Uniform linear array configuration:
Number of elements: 32
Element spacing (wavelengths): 0.5
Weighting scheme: kaiser
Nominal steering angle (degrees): -60
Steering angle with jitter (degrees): -58.435
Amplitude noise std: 0.05
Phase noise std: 0.05

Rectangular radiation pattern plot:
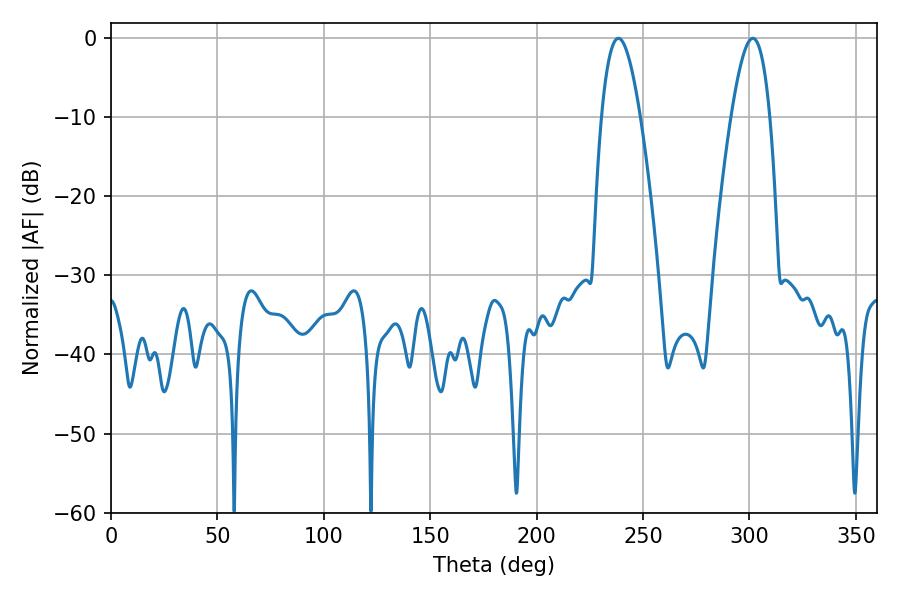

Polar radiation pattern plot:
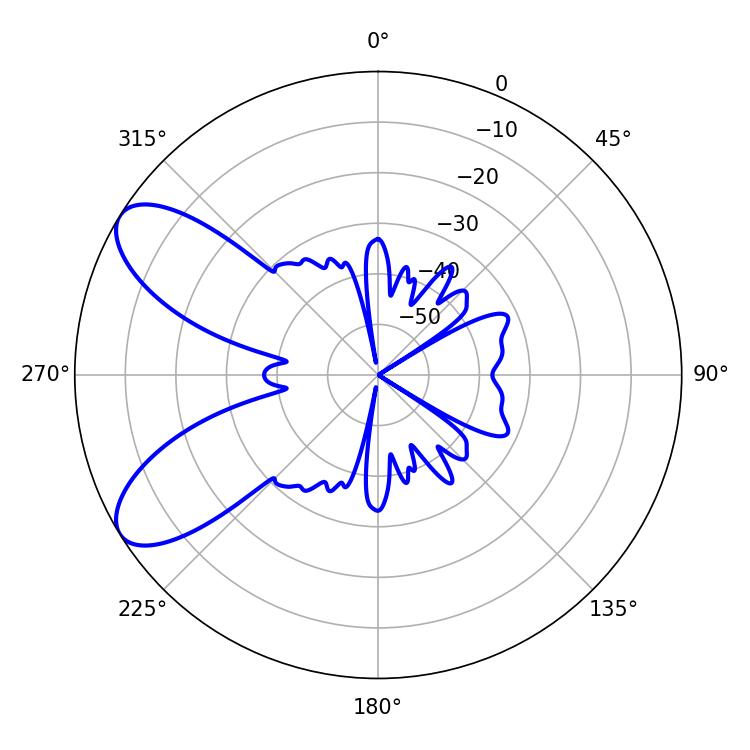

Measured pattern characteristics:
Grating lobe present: FALSE
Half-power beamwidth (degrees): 9.9
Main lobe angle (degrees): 301.5